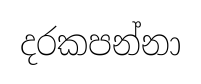
දරකපන්නා